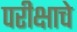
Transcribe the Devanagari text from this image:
परीक्षाचे